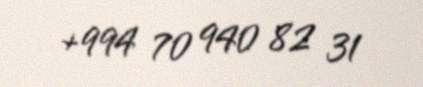
+994 70 940 82 31